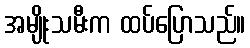
အမျိုးသမီးက ထပ်ပြောသည်။